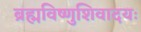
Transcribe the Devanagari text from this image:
ब्रह्मविष्णुशिवादयः